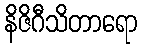
နိဇိဂီသိတာရော